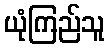
ယုံကြည်သူ